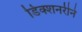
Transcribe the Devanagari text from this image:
डिक्शनरीने